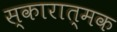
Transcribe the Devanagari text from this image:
स्कारात्मक